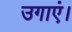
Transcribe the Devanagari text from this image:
उगाएं।